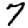
Digit: 7